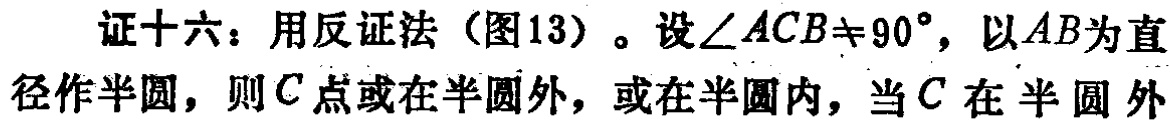
证十六：用反证法（图13）。设\(\angle ACB\neq 90^{\circ}\)，以\(AB\)为直径作半圆，则\(C\)点或在半圆外，或在半圆内，当\(C\)在半圆外